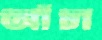
আঁচা